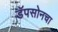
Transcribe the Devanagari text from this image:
डॅपसोनचा